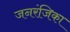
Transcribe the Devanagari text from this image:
जनरंजिका